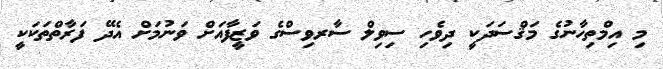
މި އިމްތިހާނުގެ މަޤްސަދަކީ ދިވެހި ސިވިލް ސާރވިސްގެ ވަޒީފާއަށް ވަނުމަށް އެދޭ ފަރާތްތަކަކީ